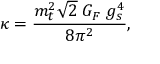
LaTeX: \kappa = \frac { m _ { t } ^ { 2 } \sqrt { 2 } \; G _ { F } \; g _ { s } ^ { 4 } } { 8 \pi ^ { 2 } } ,